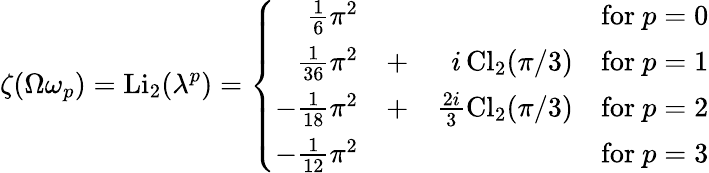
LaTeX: \zeta(\Omega\omega_{p})=\mathrm{Li}_{2}(\lambda^{p})=\left\{ \begin{array}{rrrr}{{\frac 16\pi^{2}}}&{{}}&{{}}&{{\mathrm{for~}p=0}}\\ {{\frac 1{36}\pi^{2}}}&{{+}}&{{i\, \mathrm{Cl}_{2}(\pi/3)}}&{{\mathrm{for~}p=1}}\\ {{-\frac 1{18}\pi^{2}}}&{{+}}&{{\frac{2i}{3}\mathrm{Cl}_{2}(\pi/3)}}&{{\mathrm{for~}p=2}}\\ {{-\frac 1{12}\pi^{2}}}&{{}}&{{}}&{{\mathrm{for~}p=3}}\end{array}\right.